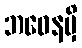
ဘဝေနမှိ